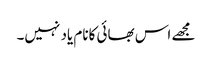
مجھے اس بھائی کانام یاد نہیں۔